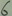
Text: 6